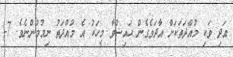
އަދި ވަކި މުއްދަތަކަށް އާދަވެގެން ޙައިޟުވާ މީހަކު އެ މުއްދަތު ނިމުމުންނެވެ. 7-